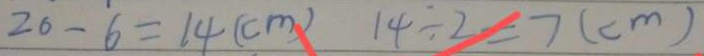
2 6 - 6 = 1 4 ( c m ) 1 4 \div 2 = 7 ( c m )